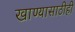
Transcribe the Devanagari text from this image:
खाण्यासाठीही